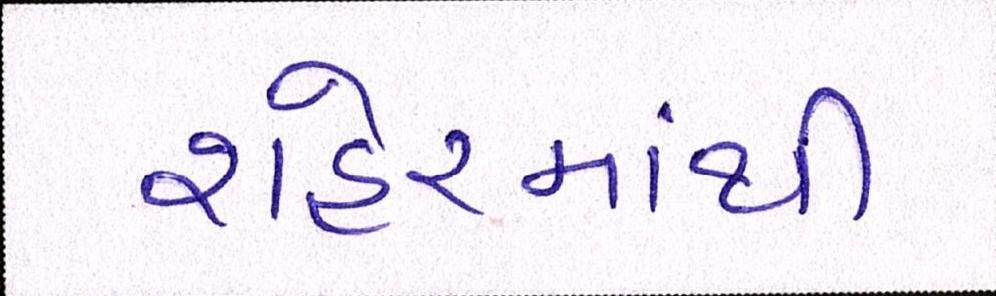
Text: શહેરમાંથી